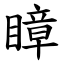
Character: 瞕